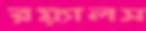
রয়্যালস